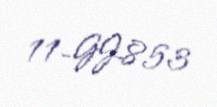
11-GJ-853